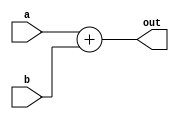
module Adder
(
  input [63:0] a, 
  input [63:0]b,
  output reg [63:0] out
);

always @ (a or b)
begin
  out = a + b;
end

endmodule